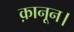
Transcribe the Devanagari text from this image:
क़ानून।